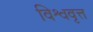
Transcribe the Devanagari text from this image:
विश्ववृत्त